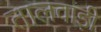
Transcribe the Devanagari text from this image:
तालवाड़ी